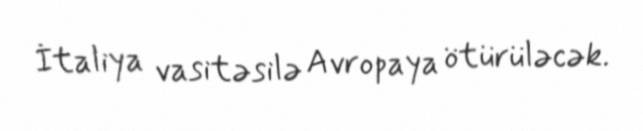
İtaliya vasitəsilə Avropaya ötürüləcək.